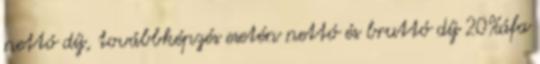
nettó díj, továbbképzés esetén nettó és bruttó díj 20%áfa